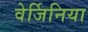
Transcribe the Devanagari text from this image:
वेर्जिनिया